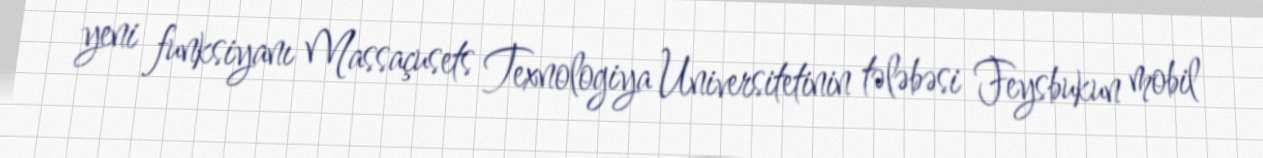
yeni funksiyanı Massaçusets Texnologiya Universitetinin tələbəsi Feysbukun mobil